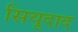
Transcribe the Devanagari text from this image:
सियूदाद